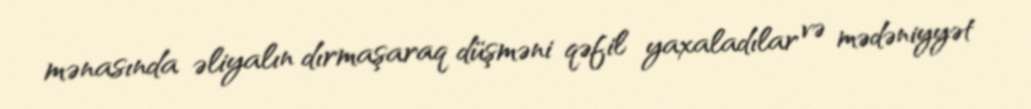
mənasında əliyalın dırmaşaraq düşməni qəfil yaxaladılar və mədəniyyət